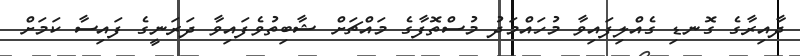
ދާއިރާގެ ގޮނޑި ގެއްލިފައިވާ މުހައްމަދު މުސްތޮފާގެ މައްޗަށް ޝާބިތުވެފައިވާ ދަރަނީގެ ފައިސާ ކަމަށް